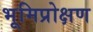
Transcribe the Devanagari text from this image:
भूमिप्रोक्षण